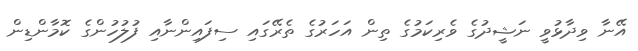
އޭނާ ވިދާޅުވީ ނަޝީދުގެ ވެރިކަމުގެ ތިން އަހަރުގެ ތެރޭގައި ސިފައިންނާއި ފުލުހުންގެ ކޮމާންޑިން